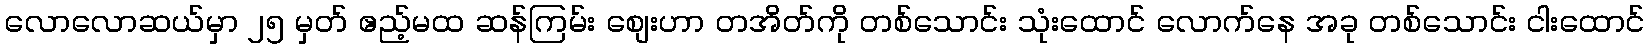
လောလောဆယ်မှာ ၂၅ မှတ် ဧည့်မထ ဆန်ကြမ်း စျေးဟာ တအိတ်ကို တစ်သောင်း သုံးထောင် လောက်နေ အခု တစ်သောင်း ငါးထောင်